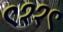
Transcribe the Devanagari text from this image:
९११९